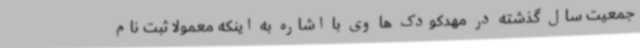
جمعیت سال گذشته در مهدکودک ها وی با اشاره به اینکه معمولا ثبت نام